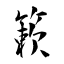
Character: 簌